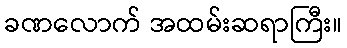
ခဏလောက် အထမ်းဆရာကြီး။